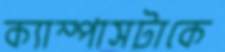
ক্যাম্পাসটাকে